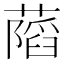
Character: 𦾩